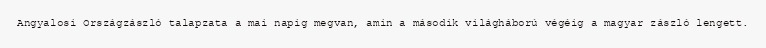
Angyalosi Országzászló talapzata a mai napig megvan, amin a második világháború végéig a magyar zászló lengett.